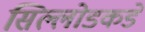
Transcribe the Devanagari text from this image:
सिल्लोडकडे